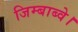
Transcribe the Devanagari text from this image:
जिम्बाब्वे।